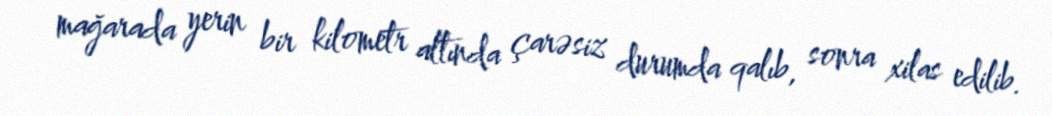
mağarada yerin bir kilometr altında çarəsiz durumda qalıb, sonra xilas edilib.